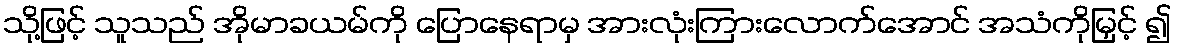
သို့ဖြင့် သူသည် အိုမာခယမ်ကို ပြောနေရာမှ အားလုံးကြားလောက်အောင် အသံကိုမြှင့် ၍